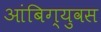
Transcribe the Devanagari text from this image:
आंबिग्युवस